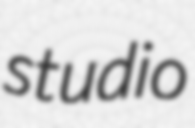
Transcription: studio